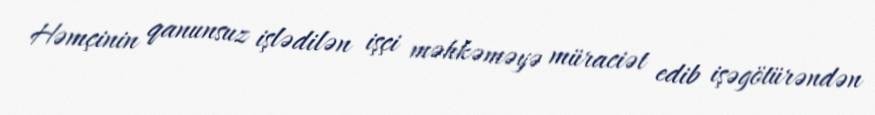
Həmçinin qanunsuz işlədilən işçi məhkəməyə müraciət edib işəgötürəndən